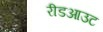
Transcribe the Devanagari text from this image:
रीडआउट